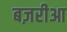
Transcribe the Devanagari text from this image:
बज़रीआ